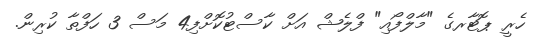
ހެރީ ޕޮޓާރގެ "މާލްފޯއި" ފްލެޝް އަށް ކާސްޓުކޮށްފި4 މަސް 3 ހަފްތާ ކުރިން.